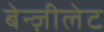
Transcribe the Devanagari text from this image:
बेन्ज़ीलेट